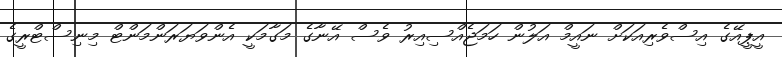
އީޕީއޭގެ އިސްވެރިއަކަށް ނައީމް އަލުން ހަމަޖެއްސިއިރު ވެސް އޭނާގެ މަގާމަކީ އެންވަޔަރަންމަންޓް މިނިސްޓްރީގެ